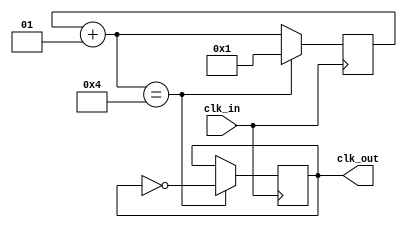
`timescale 1ns / 1ps
// Clock Divider By Odd Number

module freq_div_by_odd(clk_in, clk_out);
    input clk_in;
    output reg clk_out;
    initial clk_out=0;
    integer count;
    initial count = 0; 
   
    always @(posedge clk_in)
    begin
    count = count + 1;
    
    // This block is for Dividing Clock via if condition
    if(count == 4)
    begin 
        clk_out = ~clk_out;
        count = 1;
    end    
    
    end
    
endmodule